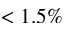
< 1 . 5 \%